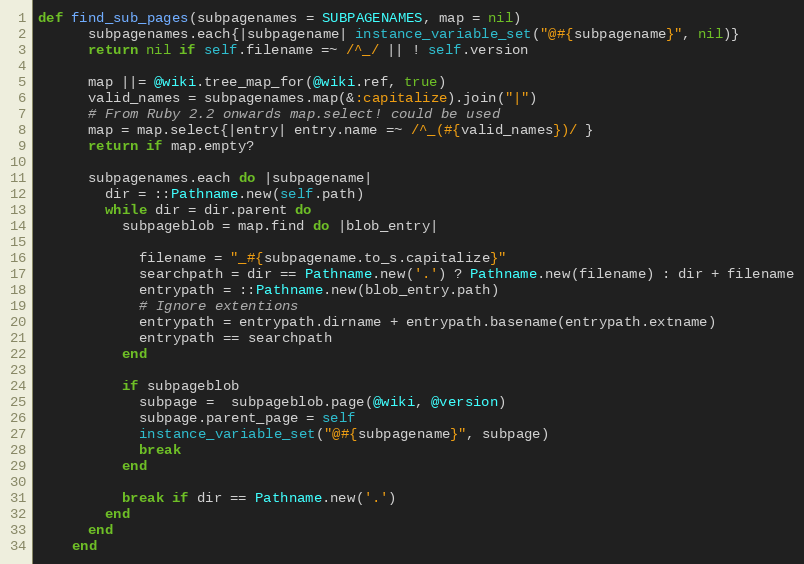
Language: Ruby
def find_sub_pages(subpagenames = SUBPAGENAMES, map = nil)
      subpagenames.each{|subpagename| instance_variable_set("@#{subpagename}", nil)}
      return nil if self.filename =~ /^_/ || ! self.version

      map ||= @wiki.tree_map_for(@wiki.ref, true)
      valid_names = subpagenames.map(&:capitalize).join("|")
      # From Ruby 2.2 onwards map.select! could be used
      map = map.select{|entry| entry.name =~ /^_(#{valid_names})/ }
      return if map.empty?

      subpagenames.each do |subpagename|
        dir = ::Pathname.new(self.path)
        while dir = dir.parent do
          subpageblob = map.find do |blob_entry|

            filename = "_#{subpagename.to_s.capitalize}"
            searchpath = dir == Pathname.new('.') ? Pathname.new(filename) : dir + filename
            entrypath = ::Pathname.new(blob_entry.path)
            # Ignore extentions
            entrypath = entrypath.dirname + entrypath.basename(entrypath.extname)
            entrypath == searchpath
          end

          if subpageblob
            subpage =  subpageblob.page(@wiki, @version)
            subpage.parent_page = self
            instance_variable_set("@#{subpagename}", subpage)
            break
          end

          break if dir == Pathname.new('.')
        end
      end
    end